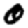
Digit: 0